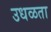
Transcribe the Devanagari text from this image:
उधळता